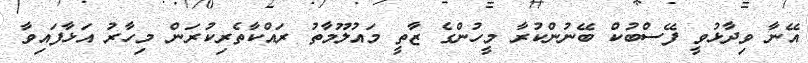
އޭނާ ވިދާޅުވީ ފޭސްބުކް ބޭނުންކުރާ މީހުންގެ ޒާތީ މައުލޫމާތު ރައްކާތެރިކުރަން މިހާރު އަޅާފައިވާ